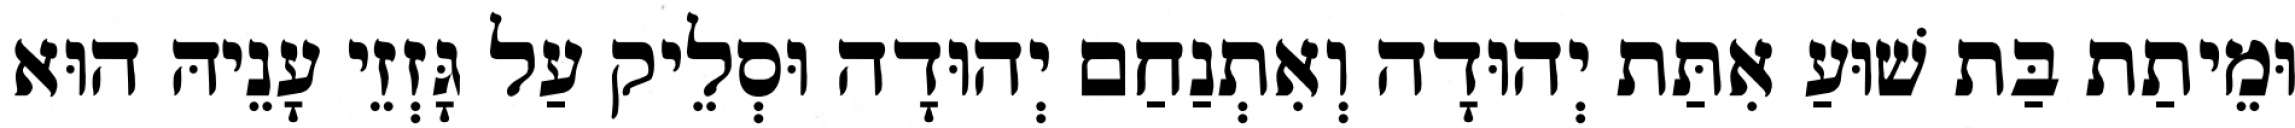
וּמֵיתַת בַּת שׁוּעַ אִתַּת יְהוּדָה וְאִתְנַחַם יְהוּדָה וּסְלֵיק עַל גָּזְזֵי עָנֵיהּ הוּא